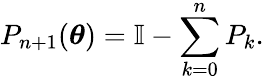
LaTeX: P_{n+1}(\boldsymbol{\theta})=\mathbb{I}-\sum_{k=0}^{n}P_{k}.